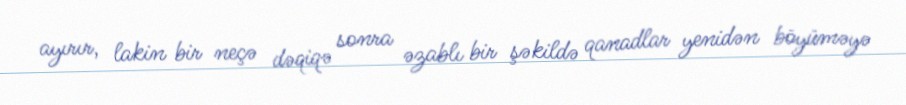
ayırır, lakin bir neçə dəqiqə sonra əzablı bir şəkildə qanadlar yenidən böyüməyə